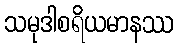
သမုဒါစရိယမာနဿ